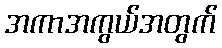
အကာအကွယ်အတွက်